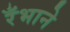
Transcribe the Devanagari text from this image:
रँभाने